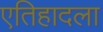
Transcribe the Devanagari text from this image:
एतिहादला